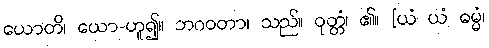
ယောတိ၊ ယော-ဟူ၍။ ဘဂဝတာ၊ သည်။ ဝုတ္တံ၊ ၏။ [ယံ ယံ ဓမ္မံ၊